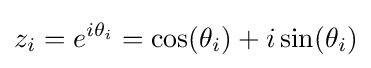
z_{i}=e^{i\theta _{i}}=\cos(\theta _{i})+i\sin(\theta _{i})